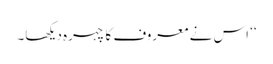
‘‘ اس نے معروف کا چہرہ دیکھا۔